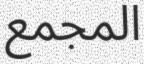
المجمع